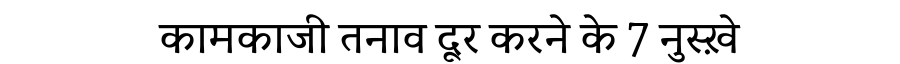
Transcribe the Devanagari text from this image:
कामकाजी तनाव दूर करने के 7 नुस्ख़े